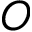
O